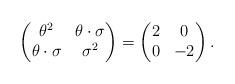
LaTeX: \begin{align*}\begin{pmatrix}\theta^2 & \theta\cdot\sigma \\\theta\cdot\sigma & \sigma^2\end{pmatrix}=\begin{pmatrix}2 & 0 \\0 & -2\end{pmatrix}.\end{align*}